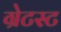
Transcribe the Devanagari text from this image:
ग्रेटस्ट